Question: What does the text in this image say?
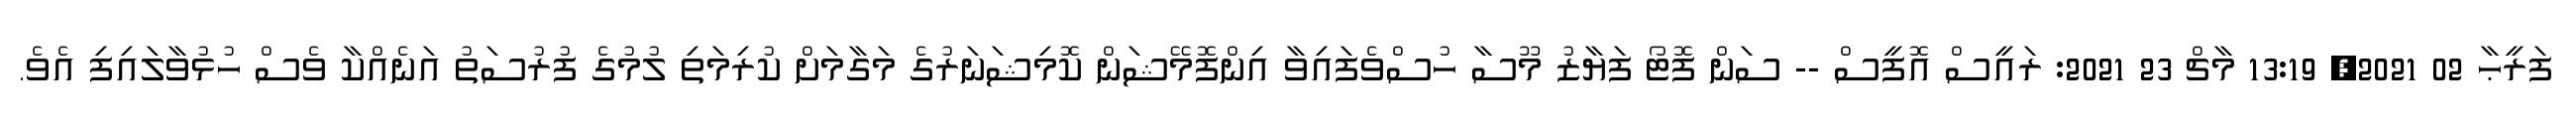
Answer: ފަރީޙާ 02 2021, 13:19 މާޗް 23 2021: ރައީސް އޮފީސް -- ސަން ފޮޓޯ ފަޔާޒު މޫސާ ހުސްވެފައިވާ އިންފޮމޭޝަން ކޮމިޝަނަރުގެ މަގާމަށް ކުރިމަތި ލުމުގެ ފުރުސަތު އަނެއްކާ ވެސް ހުޅުވާލައިފި އެވެ.